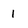
Character: 1